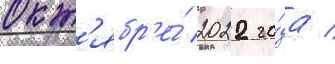
окт'ябр'е́ 2022 го́да /